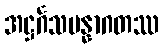
အဋ္ဌင်္ဂသမန္နာဂတဿ